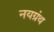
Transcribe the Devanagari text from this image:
नयग्रंथ